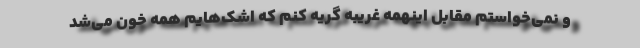
و نمی‌خواستم مقابل اینهمه غریبه گریه کنم که اشک‌هایم همه خون می‌شد